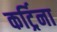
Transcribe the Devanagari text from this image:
कर्ट्रिना